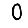
Digit: 0